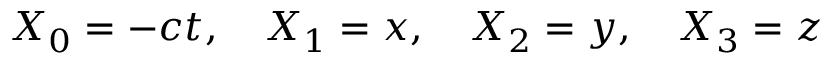
X _ { 0 } = - c t , \quad X _ { 1 } = x , \quad X _ { 2 } = y , \quad X _ { 3 } = z